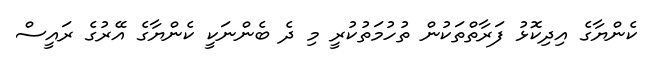
ކެންޔާގެ އިދިކޮޅު ފަރާތްތަކުން ތުހުމަތުކުރީ މި ދެ ބެންނަކީ ކެންޔާގެ އޭރުގެ ރައީސް